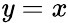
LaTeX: \mathit{y}=x